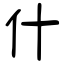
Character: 什